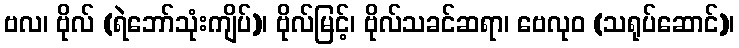
ဗလ၊ ဗိုလ် (ရဲဘော်သုံးကျိပ်)၊ ဗိုလ်မြင့်၊ ဗိုလ်သခင်ဆရာ၊ ဗေလုဝ (သရုပ်ဆောင်)၊